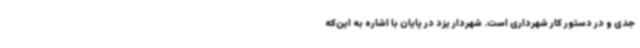
جدی و در دستور کار شهرداری است. شهردار یزد در پایان با اشاره به این‌که